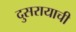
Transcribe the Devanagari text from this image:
दुसरायाची